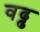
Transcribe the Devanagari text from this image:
वढ्ढ